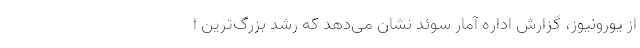
از یورونیوز، گزارش اداره آمار سوئد نشان می‌دهد که رشد بزرگ‌ترین ا